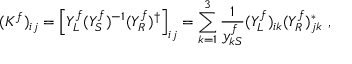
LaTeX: ( K ^ { f } ) _ { i j } = \left[ Y _ { L } ^ { f } ( Y _ { S } ^ { f } ) ^ { - 1 } ( Y _ { R } ^ { f } ) ^ { \dagger } \right] _ { i j } = \sum _ { k = 1 } ^ { 3 } \frac { 1 } { y _ { k S } ^ { f } } ( Y _ { L } ^ { f } ) _ { i k } ( Y _ { R } ^ { f } ) _ { j k } ^ { \ast } \ ,